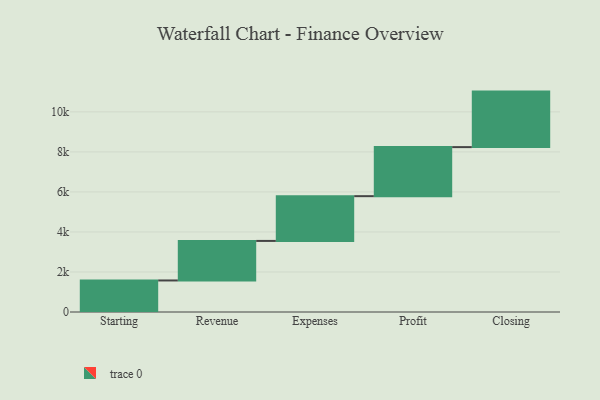
{"axis": {"x": "Step", "y": "Value"}, "legend": [""], "data": [{"x": "Starting", "y": 1576.0, "type": ""}, {"x": "Revenue", "y": 1976.0, "type": ""}, {"x": "Expenses", "y": 2237.0, "type": ""}, {"x": "Profit", "y": 2451.0, "type": ""}, {"x": "Closing", "y": 2774.0, "type": ""}]}